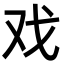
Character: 戏